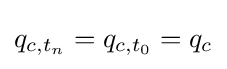
q_{c,t_{n}}=q_{c,t_{0}}=q_{c}